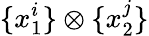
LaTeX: \{ x_{1}^{i}\} \otimes\{ x_{2}^{j}\}